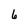
Character: 6